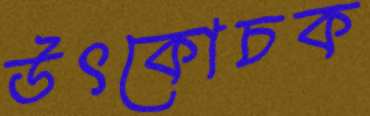
উৎকোচক